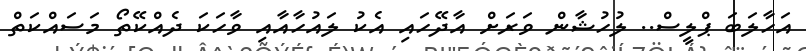
އަހާލަބަ ޕްލީސް.. ލުހުޝާން ވަރަށް އާދޭހައި އެކު ލައުހާއާއި ވާހަކަ ދެއްކޭތޯ މަސައްކަތް